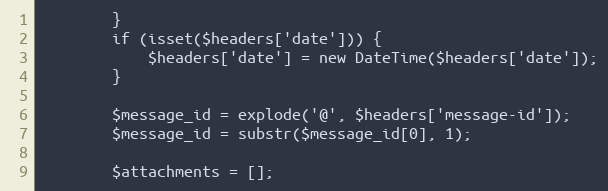
Language: PHP
		}
		if (isset($headers['date'])) {
			$headers['date'] = new DateTime($headers['date']);
		}

		$message_id = explode('@', $headers['message-id']);
		$message_id = substr($message_id[0], 1);

		$attachments = [];